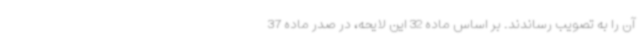
آن را به تصویب رساندند. بر اساس ماده 32 این لایحه، در صدر ماده 37